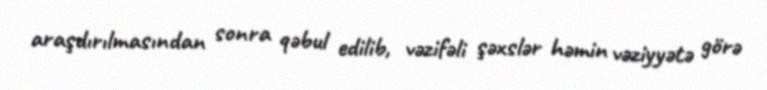
araşdırılmasından sonra qəbul edilib, vəzifəli şəxslər həmin vəziyyətə görə